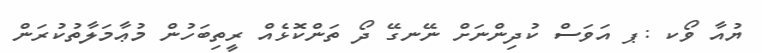
ޔުއާ ވޯކ :ޕ އަވަސް ކުދިންނަށް ނޭނގޭ ދޯ ތަންކޮޅެއް ރީތިބަހުން މުޢާމަލާތުކުރަން